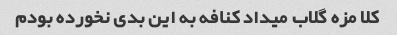
کلا مزه گلاب میداد کنافه به این بدی نخورده بودم